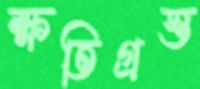
ক্ষতিগ্রস্ত